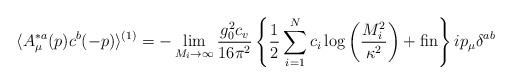
LaTeX: \begin{align*}\langle A^{*a}_\mu(p) c^b(-p) \rangle^{(1)} = - \lim_{M_i \rightarrow\infty} \frac{g_0^2 c_v}{16 \pi^2}\left\{\frac{1}{2}\sum_{i=1}^N c_i\log\left(\frac{M_i^2}{\kappa^2}\right) + {\rm fin} \right\} i p_\mu\delta^{ab}\end{align*}